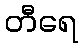
တီရေ